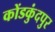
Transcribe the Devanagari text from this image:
कोंडकुंदपुर